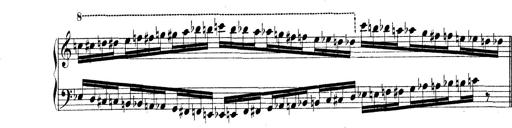
Title: Technische Studien
Composer: Franz Liszt